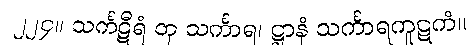
၂၂၄။ သင်္ကဋီရံ တု သင်္ကာရ၊ ဋ္ဌာနံ သင်္ကာရကူဋကံ။